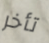
تأخر